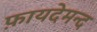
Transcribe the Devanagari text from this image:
फ़ायदेमन्द